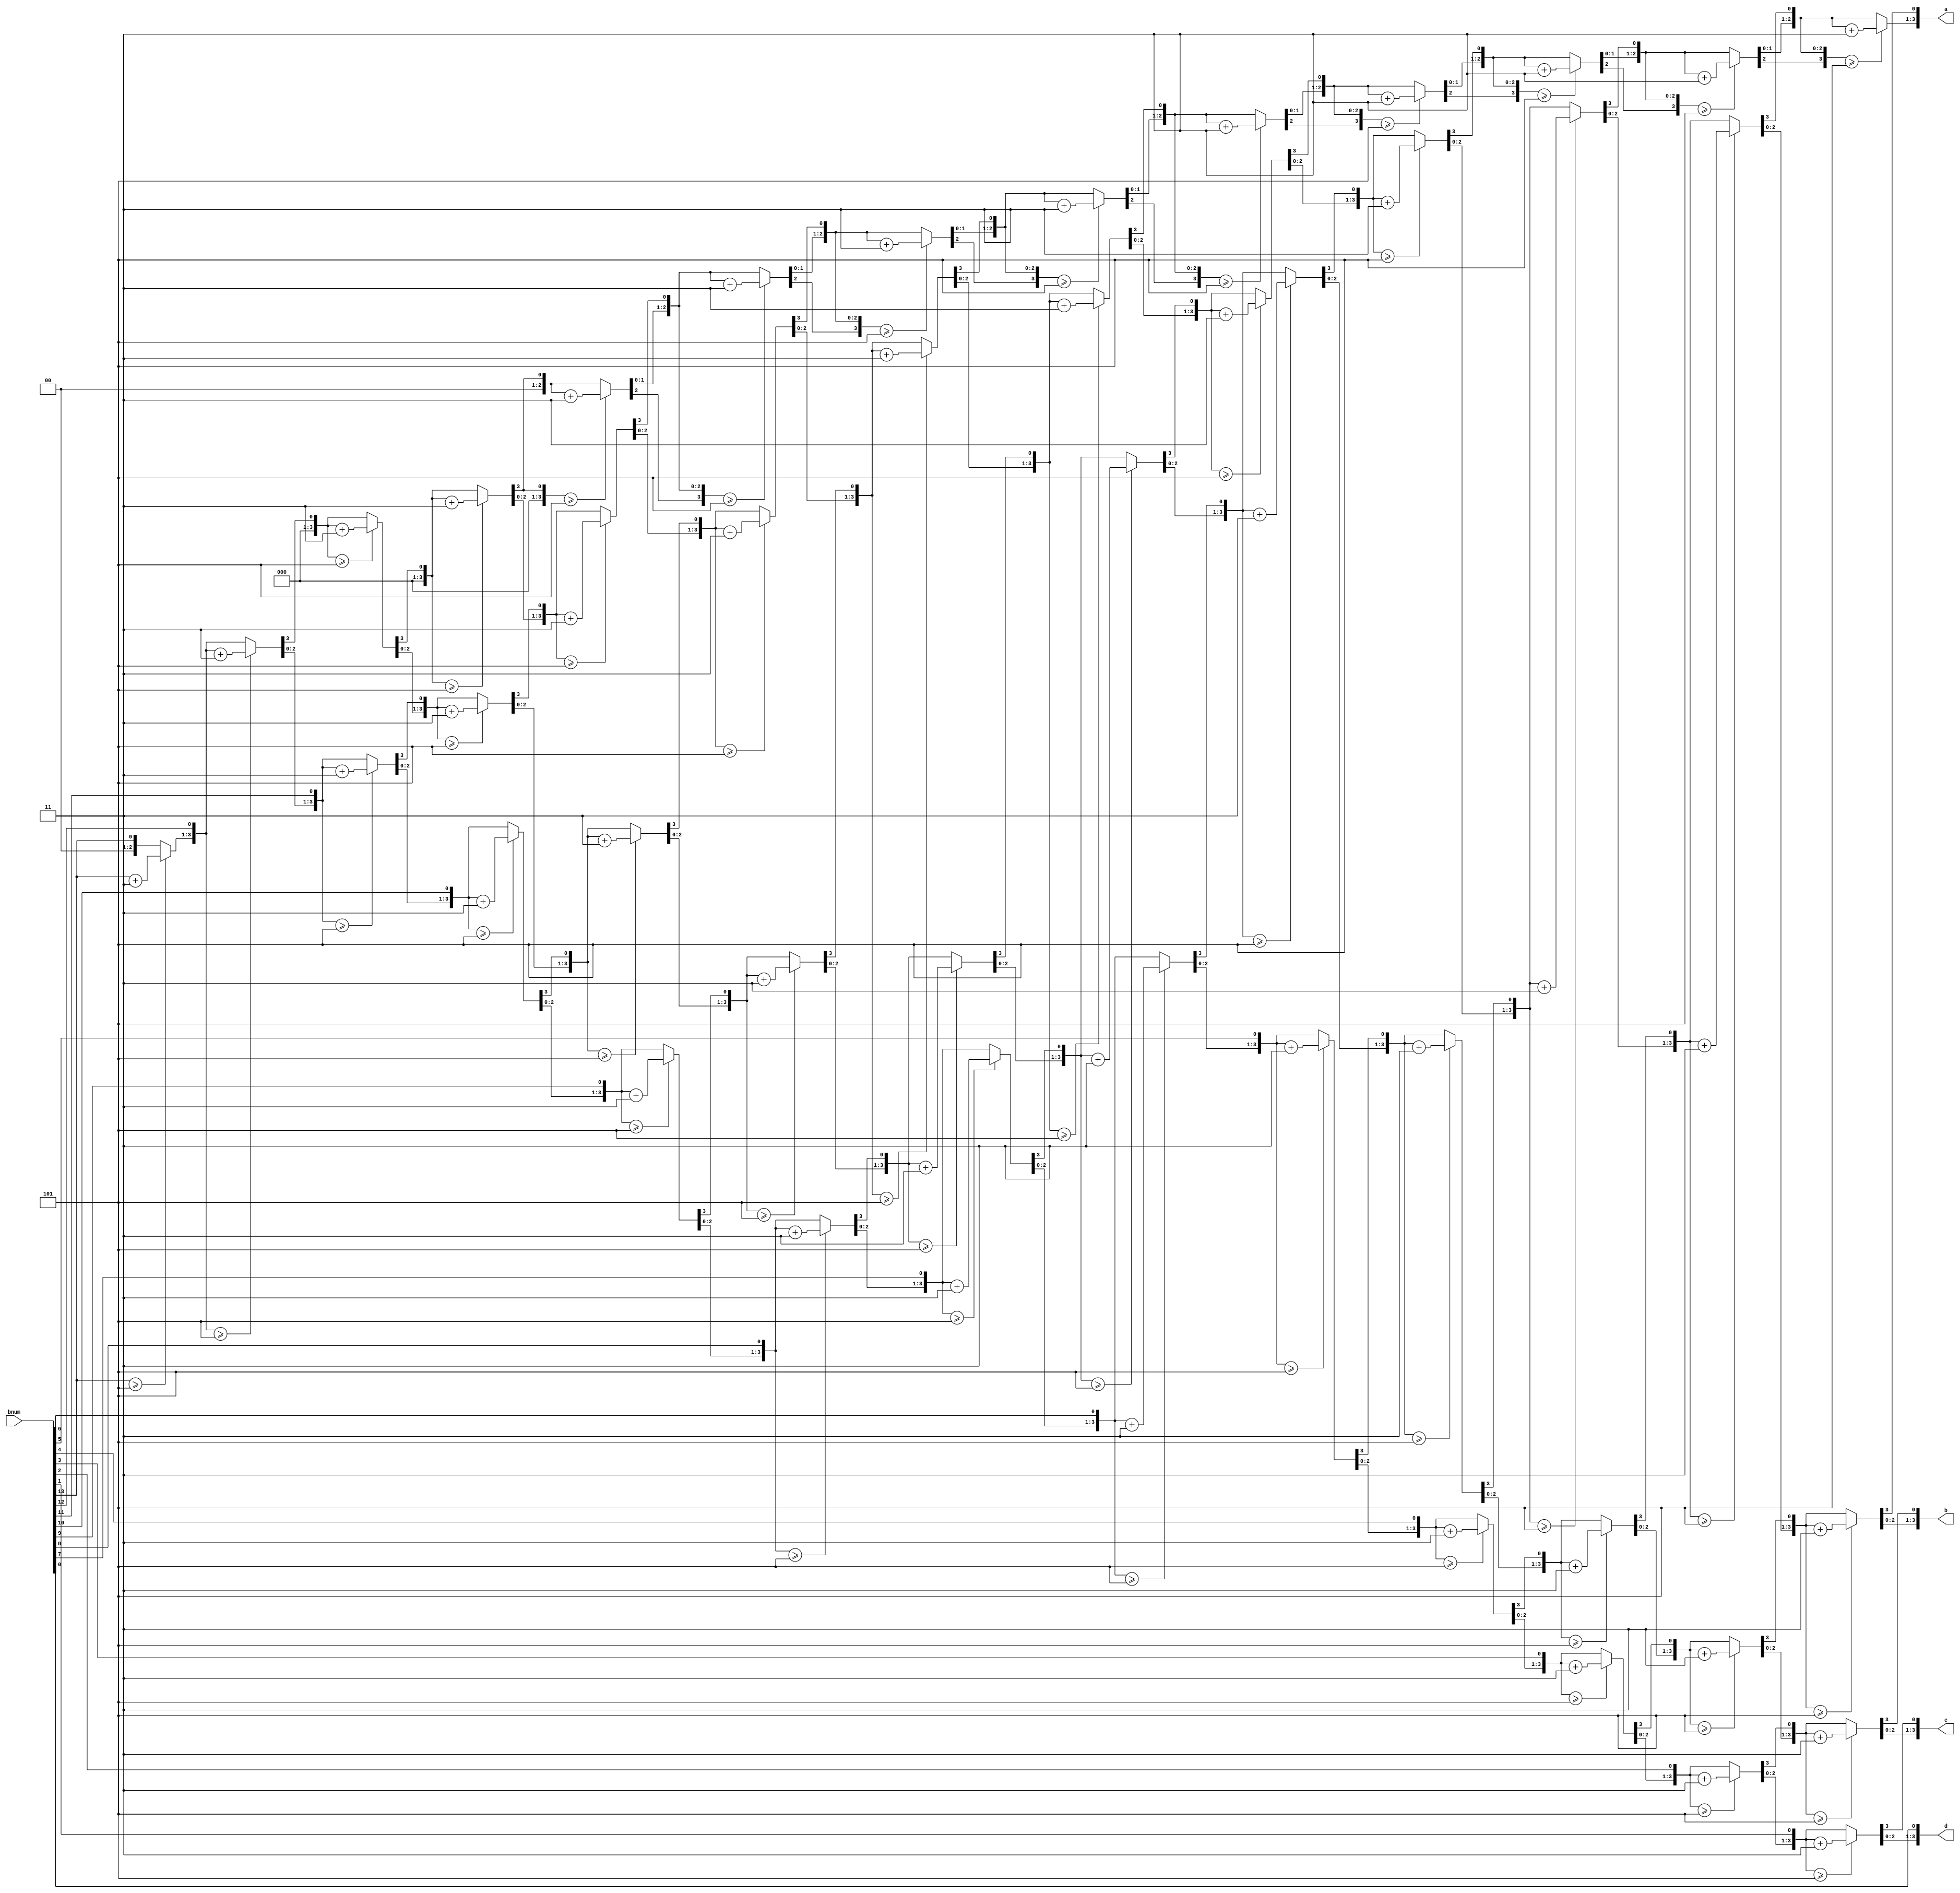
`timescale 1ns / 1ps
//////////////////////////////////////////////////////////////////////////////////
// Company: 
// Engineer: 
// 
// Design Name: 
// Module Name:    BCD 
// Project Name: 
// Target Devices: 
// Tool versions: 
// Description: 
//
// Dependencies: 
//
// Revision: 
// Revision 0.01 - File Created
// Additional Comments: 
//
//////////////////////////////////////////////////////////////////////////////////
module BCD(
    input [13:0] bnum, //from 0000 to 9999
    output reg [3:0] a, //thous     //(abcd)_10
    output reg [3:0] b, //hund
    output reg [3:0] c, //tens
    output reg [3:0] d //units
);
    integer i;
    always @ (bnum) begin
        a = 4'b0;
        b = 4'b0;
        c = 4'b0;
        d = 4'b0;

        for (i = 13; i >= 0; i = i - 1) begin
            if (a >= 3'd5) a = a + 2'd3; // latching
            if (b >= 3'd5) b = b + 2'd3;
            if (c >= 3'd5) c = c + 2'd3;        
            if (d >= 3'd5) d = d + 2'd3;
            
            a = a << 1; a[0] = b[3];
            b = b << 1; b[0] = c[3];
            c = c << 1; c[0] = d[3];
            d = d << 1; d[0] = bnum[i]; // equiv to bnum = bnum << 1;

        end
    end
endmodule